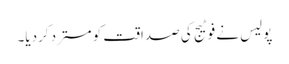
پولیس نے فوٹیج کی صداقت کو مسترد کردیا۔